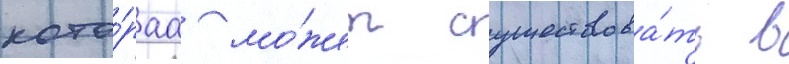
кото́раа мо́жет существова́ть в